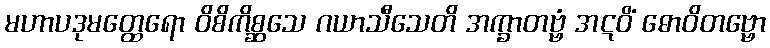
မဟာပဒုမတ္ထေရော ဝိစိကိစ္ဆသေ ဂယာသီသေတိ အက္ခာတဗ္ဗံ အဋဝိံ ဓောဝိတဗ္ဗော